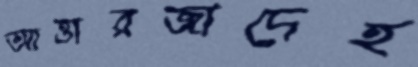
আত্তারজাদেহ